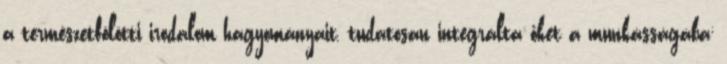
a természetfölötti irodalom hagyományait, tudatosan integrálta őket a munkásságába;